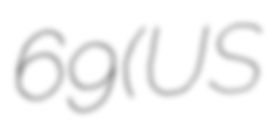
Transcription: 69 (US